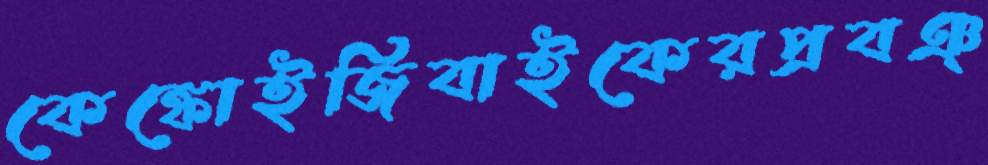
কেঙ্কোইজিবাইকেরপ্রবঞ্